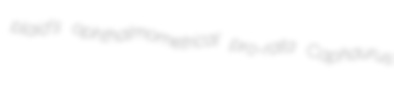
plaid's ophthalmometrical pro-rata Caphaurus